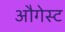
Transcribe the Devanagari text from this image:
औगेस्ट